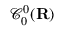
{ \mathcal { C } } _ { 0 } ^ { 0 } ( \mathbf { R } )